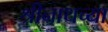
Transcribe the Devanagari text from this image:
श्रीनाथच्या